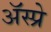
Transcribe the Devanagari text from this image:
ॲस्प्रे